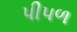
પીપળ